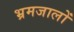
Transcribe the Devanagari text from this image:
भ्रमजालों